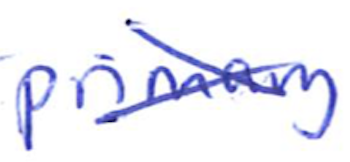
Text: primary
Cross-out: cross
Writing tool: ballpoint